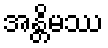
အန္တိမဿ